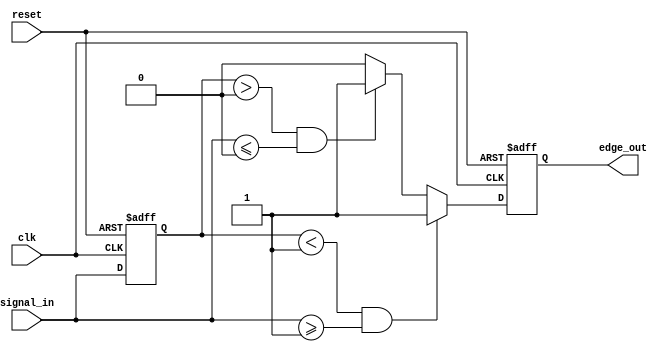
module schmitt_trigger_edge_detector (
    input wire clk,               // Clock signal
    input wire reset,             // Reset signal
    input wire signal_in,         // Input signal to detect edges
    output reg edge_out           // Output signal indicating edge detection
);

    // Parameters for hysteresis thresholds
    parameter TH_PLUS = 1'b1;     // Upper threshold for rising edge
    parameter TH_MINUS = 1'b0;     // Lower threshold for falling edge

    // Memory element to store the previous state of the input signal
    reg prev_state;

    // Edge detection logic
    always @(posedge clk or posedge reset) begin
        if (reset) begin
            prev_state <= 1'b0;     // Reset previous state
            edge_out <= 1'b0;       // Reset edge output
        end else begin
            // Edge detection
            if (prev_state < TH_PLUS && signal_in >= TH_PLUS) begin
                edge_out <= 1'b1;     // Rising edge detected
            end else if (prev_state > TH_MINUS && signal_in <= TH_MINUS) begin
                edge_out <= 1'b1;     // Falling edge detected
            end else begin
                edge_out <= 1'b0;      // No edge detected
            end
            
            // Update previous state
            prev_state <= signal_in;
        end
    end

endmodule